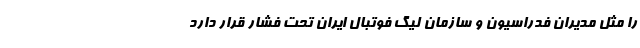
را مثل مدیران فدراسیون و سازمان لیگ فوتبال ایران تحت فشار قرار دارد